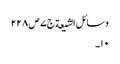
وسائل الشیعة ج٧ ص ٢٢٨
١٠۔